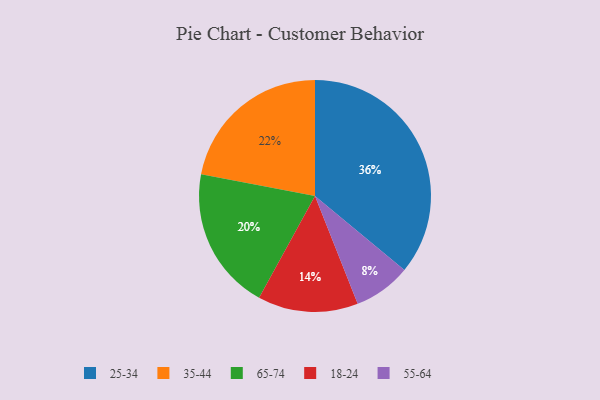
{"axis": {"x": "Category", "y": "Percentage"}, "legend": ["18-24", "25-34", "35-44", "55-64", "65-74"], "data": [{"x": "55-64", "y": 8, "type": "55-64"}, {"x": "18-24", "y": 14, "type": "18-24"}, {"x": "25-34", "y": 36, "type": "25-34"}, {"x": "65-74", "y": 20, "type": "65-74"}, {"x": "35-44", "y": 22, "type": "35-44"}]}